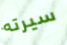
سيرته